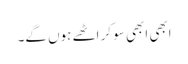
ابھی ابھی سو کر اٹھے ہوں گے۔